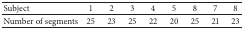
<table><thead><tr><td><b>Subject</b></td><td><b>1</b></td><td><b>2</b></td><td><b>3</b></td><td><b>4</b></td><td><b>5</b></td><td><b>8</b></td><td><b>7</b></td><td><b>8</b></td></tr></thead><tbody><tr><td>Number of segments</td><td>25</td><td>23</td><td>25</td><td>22</td><td>20</td><td>25</td><td>21</td><td>23</td></tr></tbody></table>